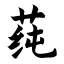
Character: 莼